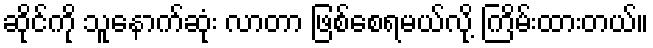
ဆိုင်ကို သူနောက်ဆုံး လာတာ ဖြစ်စေရမယ်လို့ ကြိမ်းထားတယ်။